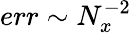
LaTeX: err\sim N_{x}^{-2}